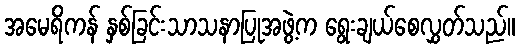
အမေရိကန် နှစ်ခြင်းသာသနာပြုအဖွဲ့က ရွေးချယ်စေလွှတ်သည်။